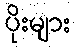
ပိုးများ